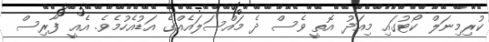
ކުރިމިނަލް ކޯޓުގައި މިއަދު އޮތީ ވެސް ދެ މައްސަލައެއްގެ އަޑުއެހުމެވެ. އެއީ ފާރިސް